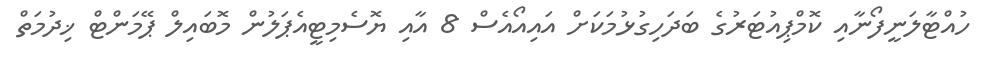
ހުއްޓާލަނީފޯނާއި ކޮމްޕިއުޓަރުގެ ބަދަހިގުޅުމަކަށް އައިއޯއެސް 8 އާއި ޔޮސެމިޓީއެޕަލުން މޮބައިލް ޕޭމަންޓް ޚިދުމަތް